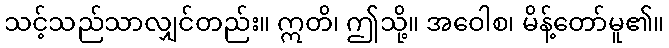
သင့်သည်သာလျှင်တည်း။ ဣတိ၊ ဤသို့။ အဝေါစ၊ မိန့်တော်မူ၏။